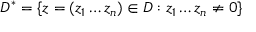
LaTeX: D ^ { * } = \{ z = ( z _ { 1 } \dots z _ { n } ) \in D : z _ { 1 } \dots z _ { n } \neq 0 \}